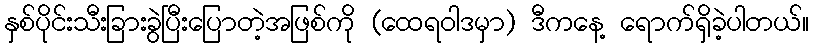
နှစ်ပိုင်းသီးခြားခွဲပြီးပြောတဲ့အဖြစ်ကို (ထေရဝါဒမှာ) ဒီကနေ့ ရောက်ရှိခဲ့ပါတယ်။